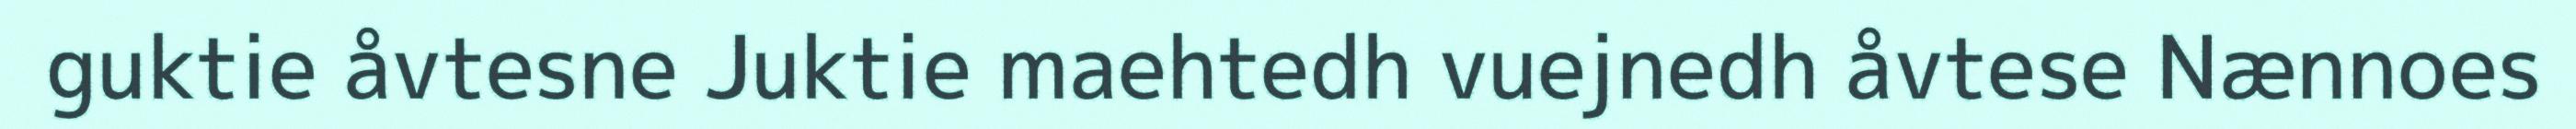
guktie åvtesne Juktie maehtedh vuejnedh åvtese Nænnoes